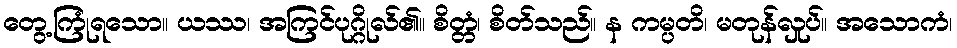
တွေ့ကြုံရသော။ ယဿ၊ အကြင်ပုဂ္ဂိုလ်၏။ စိတ္တံ၊ စိတ်သည်။ န ကမ္ပတိ၊ မတုန်လှုပ်။ အသောကံ၊